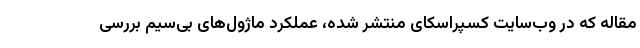
مقاله که در وب‌سایت کسپراسکای منتشر شده، عملکرد ماژول‌های بی‌سیم بررسی